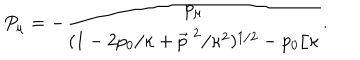
P _ { \mu } = - \frac { p _ { \mu } } { ( 1 - 2 p _ { 0 } / \kappa + \vec { p } ^ { \; 2 } / \kappa ^ { 2 } ) ^ { 1 / 2 } - p _ { 0 } / \kappa } .